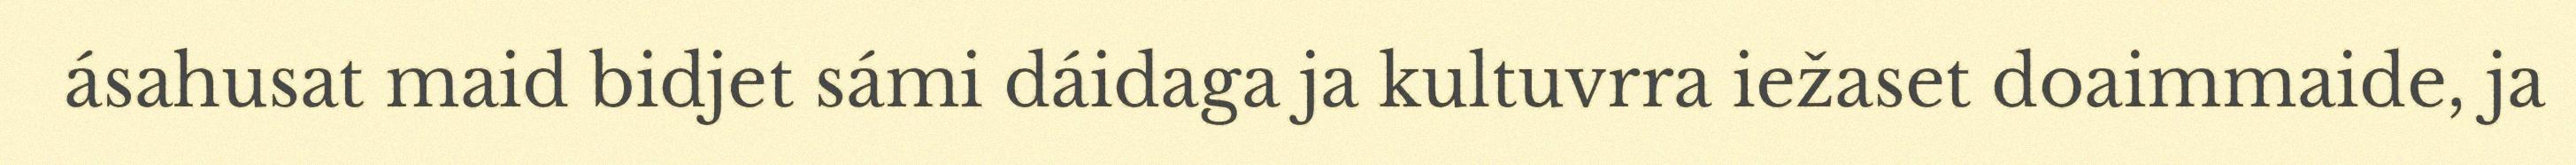
ásahusat maid bidjet sámi dáidaga ja kultuvrra iežaset doaimmaide, ja